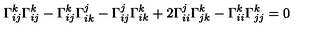
\Gamma _ { i j } ^ { k } \Gamma _ { i j } ^ { k } - \Gamma _ { i j } ^ { k } \Gamma _ { i k } ^ { j } - \Gamma _ { i j } ^ { j } \Gamma _ { i k } ^ { k } + 2 \Gamma _ { i i } ^ { j } \Gamma _ { j k } ^ { k } - \Gamma _ { i i } ^ { k } \Gamma _ { j j } ^ { k } = 0